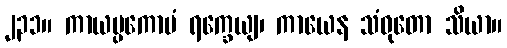
၂၃၁။ ကာယပ္ပကောပံ ရက္ခေယျ၊ ကာယေန သံဝုတော သိယာ။